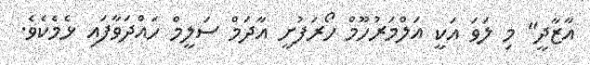
އާޒާދީ" މި ލަވަ އަކީ އަލްމަރުހޫމް ހޯރަފުށީ އާދަމް ސަލީމް ހައްދަވާފައި ޅެމެކެވެ.